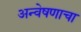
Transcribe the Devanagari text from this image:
अन्वेषणाचा